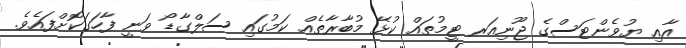
އާއި ޔުވެންޓަސްގެ ޖޫނިއަރ ޓީމުތައް ކުޅޭ މުބާރާތެއް ކަމުގައި ސަލްގާޑޯ ވަނީ ފާހަގަކޮށްފައެވެ.